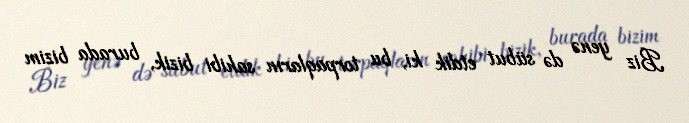
Biz yenə də sübut etdik ki, bu torpaqların sahibi bizik, burada bizim